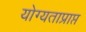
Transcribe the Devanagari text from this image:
योग्यताप्राप्त